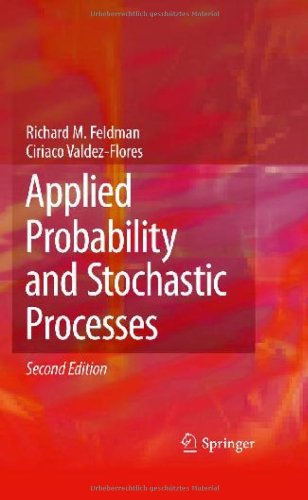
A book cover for Applied Probability and Stochastic Processes; Richard M. Feldman; Computers & Technology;